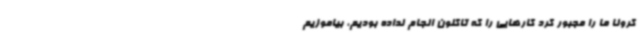
کرونا ما را مجبور کرد کارهایی را که تاکنون انجام نداده بودیم، بیاموزیم